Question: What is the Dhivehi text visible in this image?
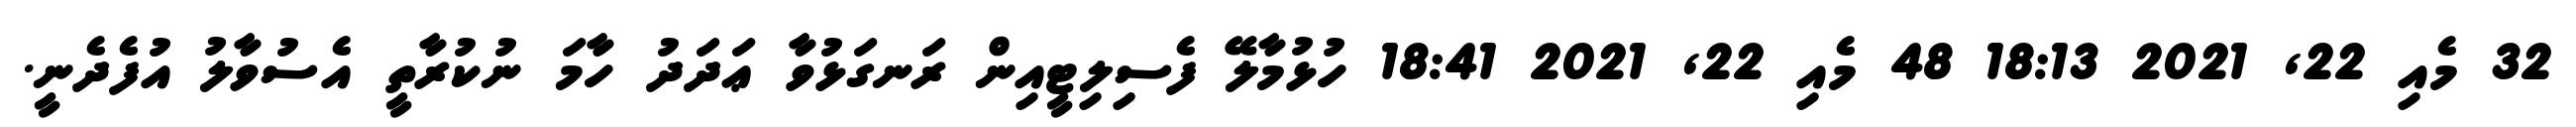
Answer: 32 މެއި 22, 2021 18:13 48 މެއި 22, 2021 18:41 ހުޅުމާލޭ ފެސިލިޓީއިން ރަނގަޅުވާ ޢަދަދު ހާމަ ނުކުރާތީ އެސުވާލު އުފެދެނީ.